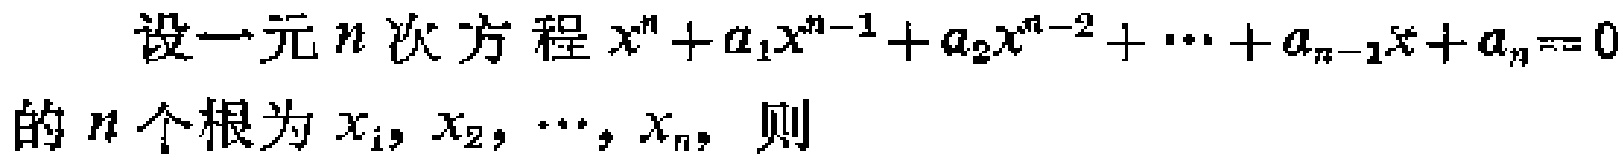
设一元\(n\)次方程\(x^{n}+a_{1}x^{n - 1}+a_{2}x^{n - 2}+\cdots+a_{n - 1}x + a_{n}=0\)的\(n\)个根为\(x_{1},x_{2},\cdots,x_{n}\)，则